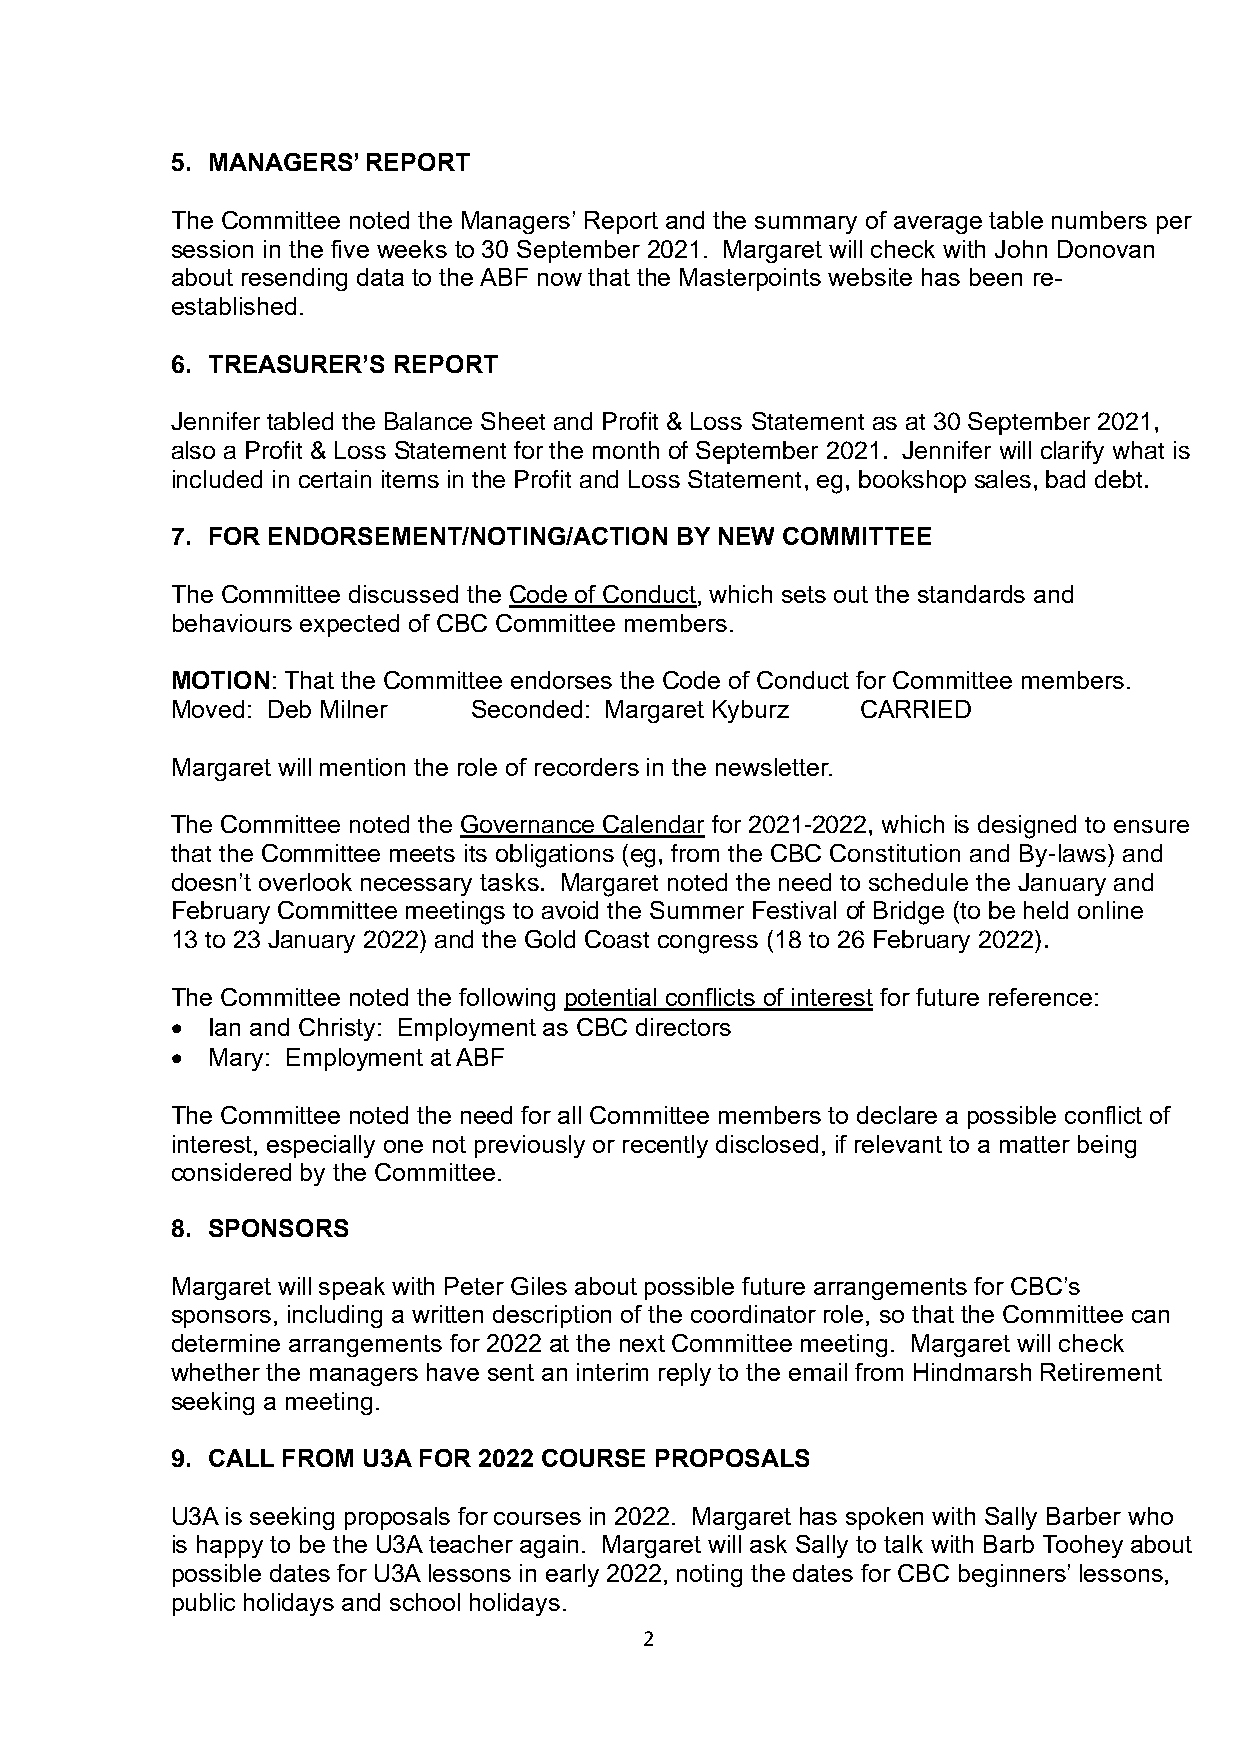
5. MANAGERS’ REPORT
 The Committee noted the Managers’ Report and the summary of average table numbers per
 session in the five weeks to 30 September 2021. Margaret will check with John Donovan
 about resending data to the ABF now that the Masterpoints website has been re-
 established.
 6. TREASURER’S REPORT
 Jennifer tabled the Balance Sheet and Profit & Loss Statement as at 30 September 2021,
 also a Profit & Loss Statement for the month of September 2021. Jennifer will clarify what is
 included in certain items in the Profit and Loss Statement, eg, bookshop sales, bad debt.
 7. FOR ENDORSEMENT/NOTING/ACTION  BY NEW COMMITTEE
 The Committee discussed the Code of Conduct, which sets out the standards and
 behaviours expected of CBC Committee members.
 MOTION: That the Committee endorses the Code of Conduct for Committee members.
 Moved: Deb Milner   Seconded: Margaret Kyburz CARRIED
 Margaret will mention the role of recorders in the newsletter.
 The Committee noted the Governance Calendar for 2021-2022, which is designed to ensure
 that the Committee meets its obligations (eg, from the CBC Constitution and By-laws) and
 doesn’t overlook necessary tasks. Margaret noted the need to schedule the January and
 February Committee meetings to avoid the Summer Festival of Bridge (to be held online
 13 to 23 January 2022) and the Gold Coast congress (18 to 26 February 2022).
 The Committee noted the following potential conflicts of interest for future reference:
 •  Ian and Christy: Employment as CBC directors
 •  Mary: Employment at ABF
 The Committee noted the need for all Committee members to declare a possible conflict of
 interest, especially one not previously or recently disclosed, if relevant to a matter being
 considered by the Committee.
 8. SPONSORS
 Margaret will speak with Peter Giles about possible future arrangements for CBC’s
 sponsors, including a written description of the coordinator role, so that the Committee can
 determine arrangements for 2022 at the next Committee meeting. Margaret will check
 whether the managers have sent an interim reply to the email from Hindmarsh Retirement
 seeking a meeting.
 9. CALL FROM U3A FOR 2022 COURSE PROPOSALS
 U3A is seeking proposals for courses in 2022. Margaret has spoken with Sally Barber who
 is happy to be the U3A teacher again. Margaret will ask Sally to talk with Barb Toohey about
 possible dates for U3A lessons in early 2022, noting the dates for CBC beginners’ lessons,
 public holidays and school holidays.
 2